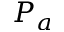
P _ { a }